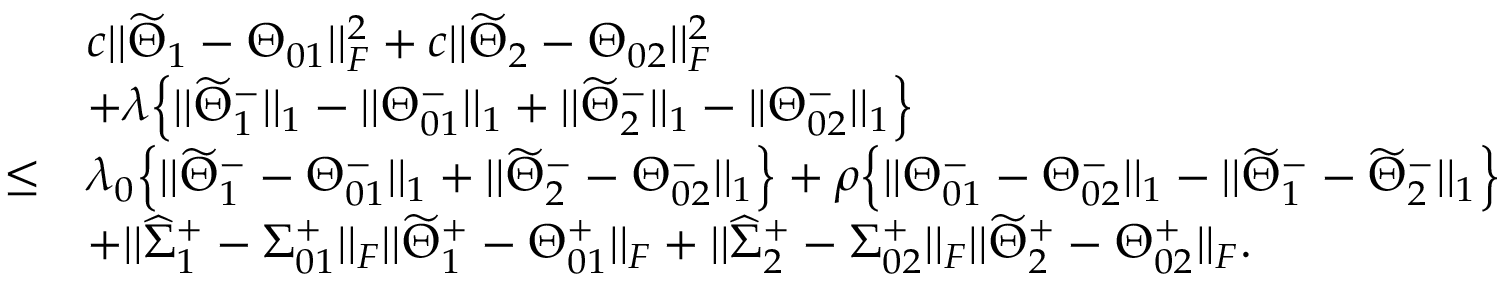
\begin{array} { r l } & { c | | \widetilde { \Theta } _ { 1 } - \Theta _ { 0 1 } | | _ { F } ^ { 2 } + c | | \widetilde { \Theta } _ { 2 } - \Theta _ { 0 2 } | | _ { F } ^ { 2 } } \\ & { + \lambda \Big \{ | | \widetilde { \Theta } _ { 1 } ^ { - } | | _ { 1 } - | | \Theta _ { 0 1 } ^ { - } | | _ { 1 } + | | \widetilde { \Theta } _ { 2 } ^ { - } | | _ { 1 } - | | \Theta _ { 0 2 } ^ { - } | | _ { 1 } \Big \} } \\ { \leq } & { \lambda _ { 0 } \Big \{ | | \widetilde { \Theta } _ { 1 } ^ { - } - \Theta _ { 0 1 } ^ { - } | | _ { 1 } + | | \widetilde { \Theta } _ { 2 } ^ { - } - \Theta _ { 0 2 } ^ { - } | | _ { 1 } \Big \} + \rho \Big \{ | | \Theta _ { 0 1 } ^ { - } - \Theta _ { 0 2 } ^ { - } | | _ { 1 } - | | \widetilde { \Theta } _ { 1 } ^ { - } - \widetilde { \Theta } _ { 2 } ^ { - } | | _ { 1 } \Big \} } \\ & { + | | \widehat { \Sigma } _ { 1 } ^ { + } - \Sigma _ { 0 1 } ^ { + } | | _ { F } | | \widetilde { \Theta } _ { 1 } ^ { + } - \Theta _ { 0 1 } ^ { + } | | _ { F } + | | \widehat { \Sigma } _ { 2 } ^ { + } - \Sigma _ { 0 2 } ^ { + } | | _ { F } | | \widetilde { \Theta } _ { 2 } ^ { + } - \Theta _ { 0 2 } ^ { + } | | _ { F } . } \end{array}